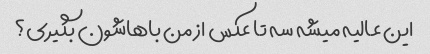
این عالیه میشه سه تا عکس از من باهاشون بگیری؟